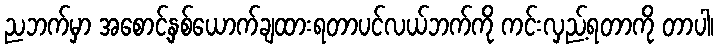
ညဘက်မှာ အစောင့်နှစ်ယောက်ချထားရတာပင်လယ်ဘက်ကို ကင်းလှည့်ရတာကို တာပါ၊